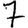
Digit: 7